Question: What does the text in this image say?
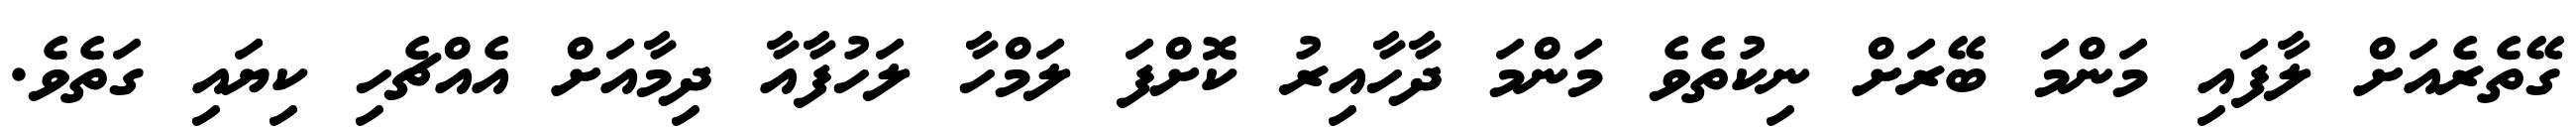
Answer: ގޭތެރެއަށް ލާފައި މަންމަ ބޭރަށް ނިކުތެވެ މަންމަ ދާހާއިރު ކޮށްފަ ލަމްހާ ލަހުފާއާ ދިމާއަށް އެއްޗެހި ކިޔައި ގަތެވެ.